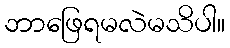
ဘာဖြေရမလဲမသိပါ။